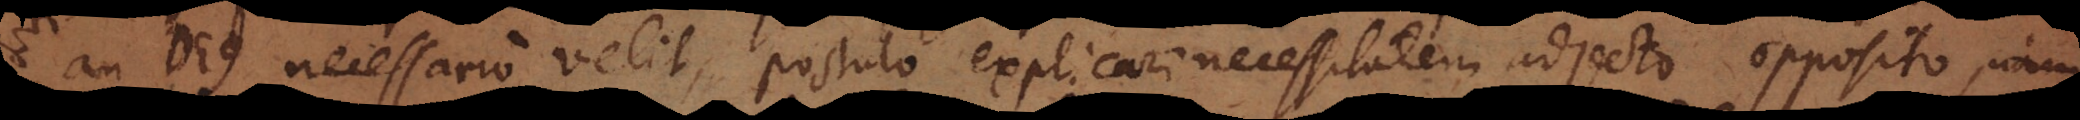
an Deus necessario velit, postulo explicari necessitatem adjecto opposito